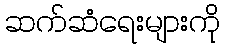
ဆက်ဆံရေးများကို